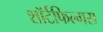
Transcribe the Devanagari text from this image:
शॉर्टफिल्मस